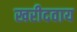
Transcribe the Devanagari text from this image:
खरीदवाय